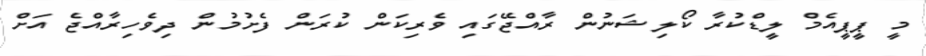
މީ ޕީޕީއެމް ލީޑްކުރާ ކޯލިޝަނުން ރާއްޖޭގައި ވެރިކަން ކުރަން ފެށުމުން ދިވެހިރާއްޖެ އަށް